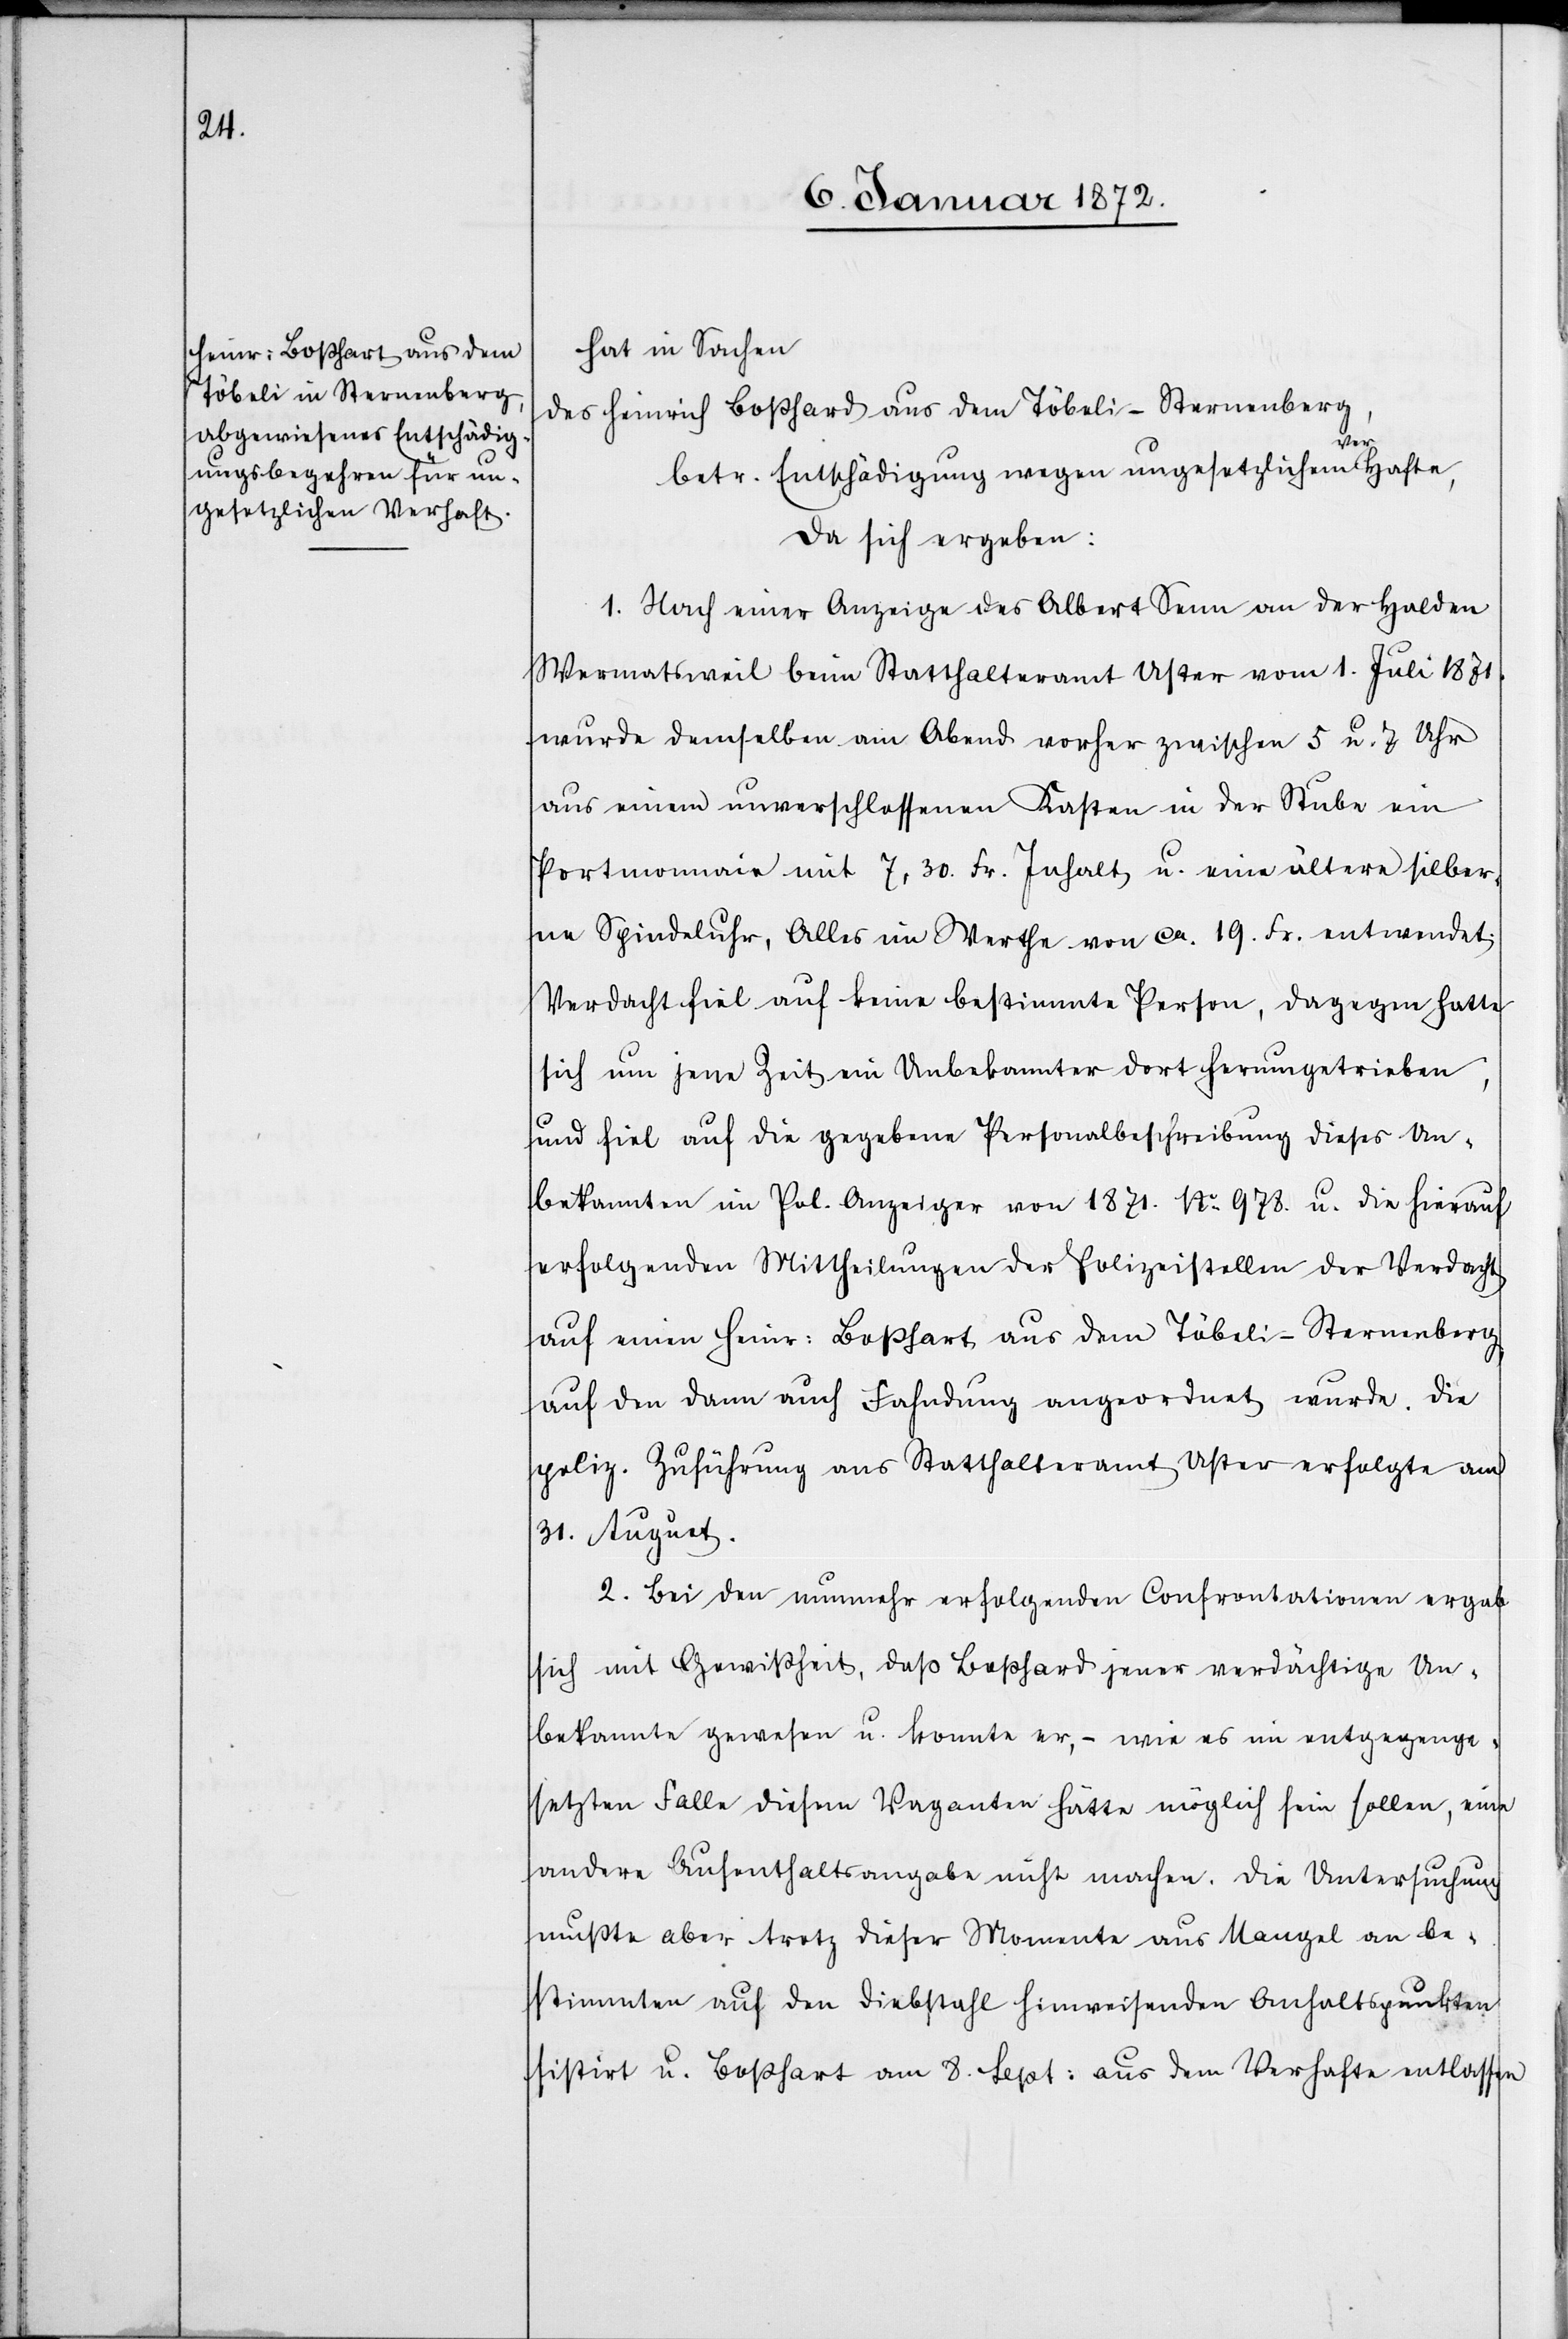
hat in Sachen
des Heinrich Boßhard aus dem Töbeli-Sternenberg,
betr. Entschädigung wegen ungesetzlichem Verhafte,
da sich ergeben:
1. Nach einer Anzeige des Albert Senn an der Halden
Wermatsweil beim Statthalteramt Uster vom 1. Juli 1871.
wurde demselben am Abend vorher zwischen 5 u. 7 Uhr
aus einem unverschlossenen Kasten in der Stube ein
Portmonnaie mit 7,30. Fr. Inhalt, u. eine ältere silber¬
ne Spindeluhr, Alles im Werthe von ca. 19. Fr. entwendet.
Verdacht fiel auf keine bestimmte Person, dagegen hatte
sich um jene Zeit ein Unbekannter dort herumgetrieben,
und fiel auf die gegebene Personalbeschreibung dieses Un¬
bekannten im Pol. Anzeiger von 1871. No 978. u. die hierauf
erfolgenden Mittheilungen der Polizeistellen der Verdacht
auf einen Heinr: Boßhart aus dem Töbeli-Sternenberg,
auf den dann auch Fahndung angeordnet wurde. Die
poliz. Zuführung aus Statthalteramt Uster erfolgte am
31. August.
2. Bei den nunmehr erfolgenden Confrontationen ergab
sich mit Gewißheit, daß Boßhard jener verdächtige Un¬
bekannte gewesen u. konnte er,– wie es im entgegenge¬
setzen Falle diesem Vaganten hätte möglich sein sollen, eine
andere Aufenthaltsangabe nicht machen. Die Untersuchung
mußte aber trotz dieser Momente aus Mangel an be¬
stimmten auf den Diebstahl hinweisenden Anhaltspunkten
sistirt u. Boßhart am 8. Sept: aus dem Verhafte entlassen